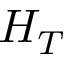
H _ { T }